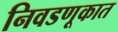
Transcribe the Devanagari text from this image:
निवडणूकात